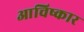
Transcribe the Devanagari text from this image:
आचिष्कार